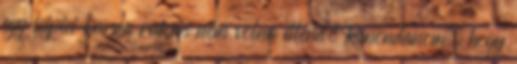
egy icipici barna rakás nem volna illendő kimondanom, hogy